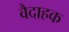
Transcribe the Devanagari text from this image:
वैदाहक